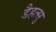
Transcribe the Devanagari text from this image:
डैहत्सु